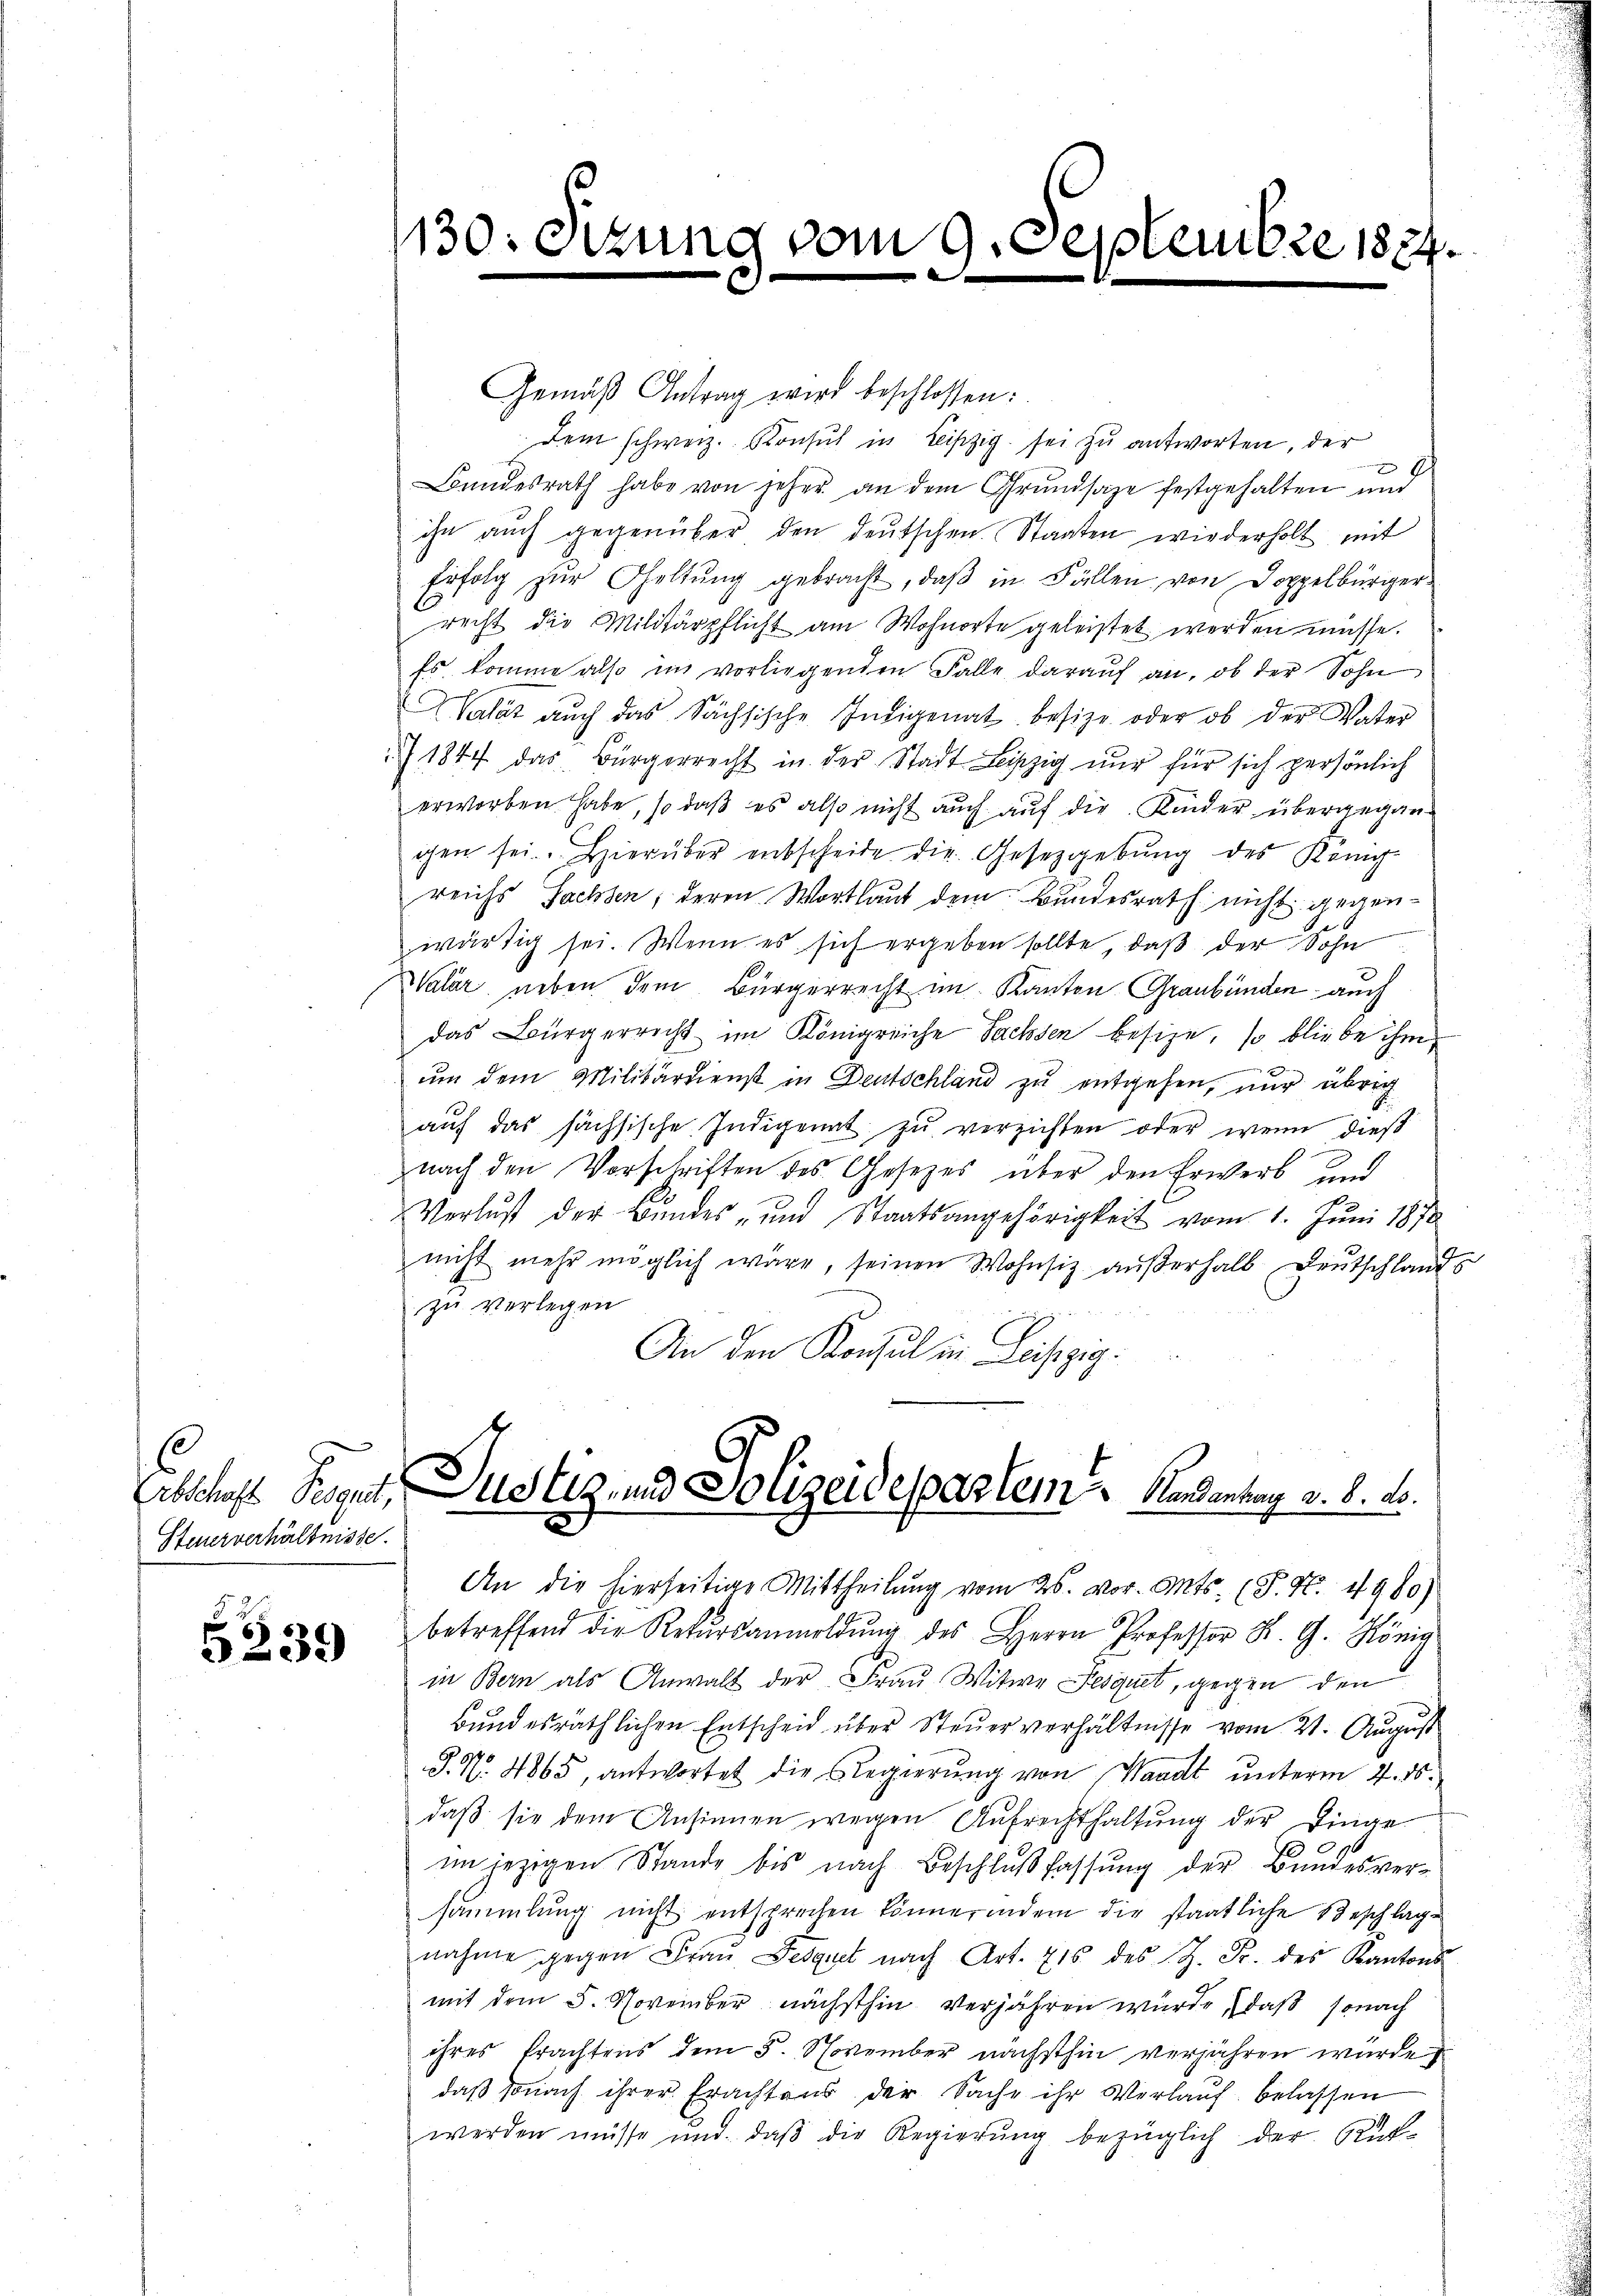
ut. Kant
Steuerverhältnisse.

5239

1130: Sizung

Gemäß Antrag wird beschlossen:
Dem schweiz. Konsul in Liszig sei zu antworten, der
8
Bŭndesrath habe von jeher an dem Grŭndsaze festgehalten und
ihn auch gegenüber den deutschen Staaten wiederholt mit
Erfolg zŭr Thaltŭng gebracht, daβ in Fällen von Doppelbürger-
recht die Militärpflicht am Wohnorte geleistet werden müsse.
Es komme also im vorliegenden Falle darauf an, ob der Sohn
Valát aŭch das Sächsische Indigenat besize oder ob der Vater
 1844 das Bürgerrecht in der Stadt Leipzig nur für sich persönlich
erworben habe, so daß es also nicht auch auf die Kinder übergegangen sei. Hierüber entscheide die Gesetzgebŭng des König-
reichs Sachsen, deren Wortlaut dem Bundesrath nicht gegenwärtig sei. Wenn es sich ergeben sollte, daß der Sohn
Walar, neben dem Bürgerrecht im Kanton Graubünden auch
das Bürgerricht im Königreiche Sachsen besize, so bliebe ihm
f
um dem Militärdienst in Deutschland zu entgehen, nur übrig
aŭf das sächsische Indigenat zu verzichten oder wenn dieß
znach den Vorschriften des Gesetzes über den Erwerb und
Verlust der Bundes- und Staatsangehörigkeit vom 1. Juni 1870
nicht mehr möglich wäre, seinen Wohnsiz außerhalb Deutschlands
zu verlegen
An den Konsul in Leipzig.

vom 9. Septembre 1824.

ustiz- und Polizeidespartem Handentag v. 8. ds.

An die hierseitige Mittheilung vom 25. vor. Mts. (T. N. 4960)
betreffend die Rekursanmeldŭng des Herrn Professor K. G. König
in Bern als Anwalt der Frau Witwe Fesquet, gegen den
Bundesräthlichen Entscheid über Steuerverhältnisse vom 21. August
J. No. 4865, antwortet die Regierung von Waadt unterm 4. ds.
daß sie dem Ansinnen wegen Aufrechthaltung der Dinge
im jezigen Stande bis nach Beschlußfassung der Bundesversammlung nicht entsprechen könner indem die staatliche Beschlage
nahme gegen Fraŭ Fesgut nach Art. 716 des J. Fr. des Kantons-
mit dem 5. November nächsthin verjähren wurde, daß sonach
ihres Erachtens dem 5. November nächsthin verjähren wurde,
daβ sonach ihrer Erachtens der Sache ihr Verlaŭf belassen
werden müsse und daβ die Regierung bezüglich der Rük¬